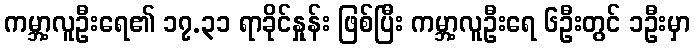
ကမ္ဘာ့လူဦးရေ၏ ၁၇.၃၁ ရာခိုင်နှုန်း ဖြစ်ပြီး ကမ္ဘာ့လူဦးရေ ၆ဦးတွင် ၁ဦးမှာ